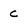
Character: c